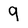
Character: 9